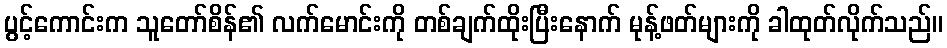
ပွင့်ကောင်းက သူတော်စိန်၏ လက်မောင်းကို တစ်ချက်ထိုးပြီးနောက် မုန့်ဖတ်များကို ခါထုတ်လိုက်သည်။